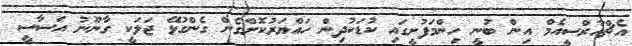
އެޗްއާރްސީއެމް އިން ބުނީ ހިންމަފުށީގައި ކުޑަކުދިން ހައްޔަރުކޮށްގެން ގެންގުޅޭ ޖަލަކީ ގާނޫނު އަސާސީ